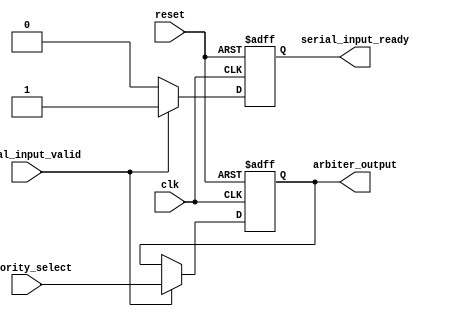
module timing_control(
    input wire clk,
    input wire reset,
    input wire serial_input_valid,
    input wire [1:0] priority_select,
    output wire serial_input_ready,
    output wire [1:0] arbiter_output
);

reg [1:0] arbiter_output_reg;
reg serial_input_ready_reg;

always @(posedge clk or posedge reset) begin
    if (reset) begin
        arbiter_output_reg <= 2'b00;
        serial_input_ready_reg <= 1'b0;
    end else begin
        if (serial_input_valid) begin
            arbiter_output_reg <= priority_select;
            serial_input_ready_reg <= 1'b1;
        end else begin
            serial_input_ready_reg <= 1'b0;
        end
    end
end

assign serial_input_ready = serial_input_ready_reg;
assign arbiter_output = arbiter_output_reg;

endmodule